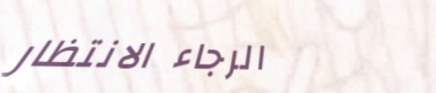
الرجاء الانتظار